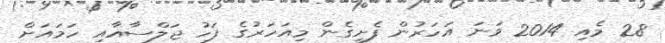
28 މެއި 2014 ވަނަ އަހަރުން ފެށިގެން މިއަހަރުގެ ފަހު ޖަލްސާއާއި ހަމައަށް